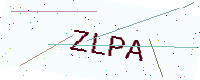
Text: ZLPA